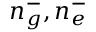
n _ { g } ^ { - } , n _ { e } ^ { - }